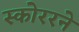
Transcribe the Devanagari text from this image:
स्कोररने